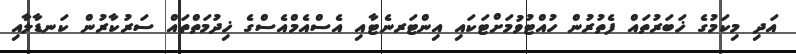
އަދި މިކަމުގެ ޚަބަރުތައް ފެތުރުން ހުއްޓުވުމަށްޓަކައި އިންޓަރނެޓާއި އެސްއެމްއެސްގެ ޚިދުމަތްތައް ސަރުކާރުން ކަނޑާލާއި